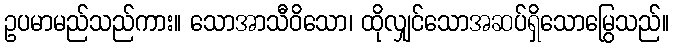
ဥပမာမည်သည်ကား။ သောအာသီဝိသော၊ ထိုလျှင်သောအဆပ်ရှိသောမြွေသည်။